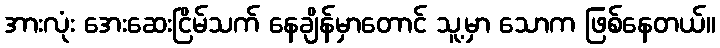
အားလုံး အေးဆေးငြိမ်သက် နေချိန်မှာတောင် သူ့မှာ သောက ဖြစ်နေတယ်။